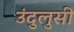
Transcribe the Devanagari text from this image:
उंदुलुसी